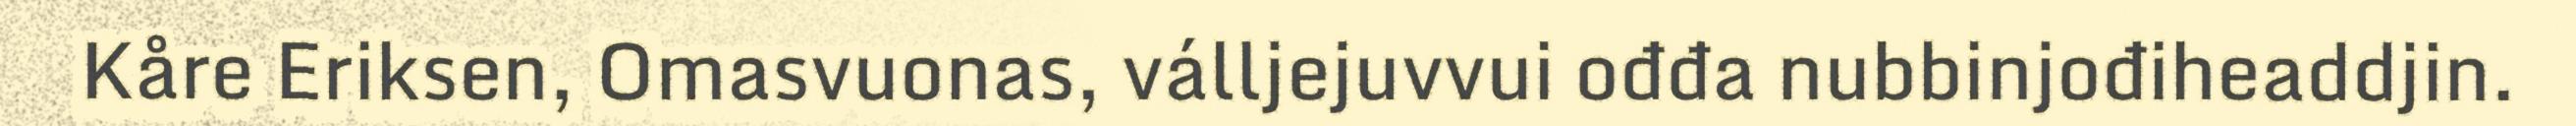
Kåre Eriksen, Omasvuonas, válljejuvvui ođđa nubbinjođiheaddjin.